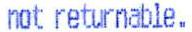
NOT RETURNABLE.